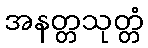
အနတ္တသုတ္တံ